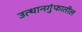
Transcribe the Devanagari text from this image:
उत्थानगुंफातील